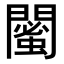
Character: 𨶣